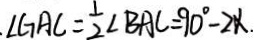
\angle G A C = \frac { 1 } { 2 } \angle B A C = 9 0 ^ { \circ } - 2 \alpha .